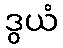
ဒွယံ